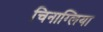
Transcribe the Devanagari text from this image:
चिनाग्लिया